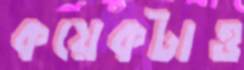
কয়েকটাও